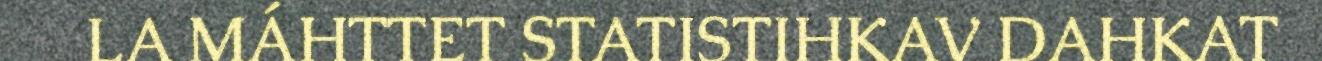
LA MÁHTTET STATISTIHKAV DAHKAT